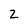
Character: 2